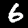
Label: 6